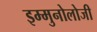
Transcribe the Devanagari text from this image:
इम्मुनोलोजी